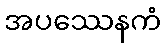
အပဿေနကံ